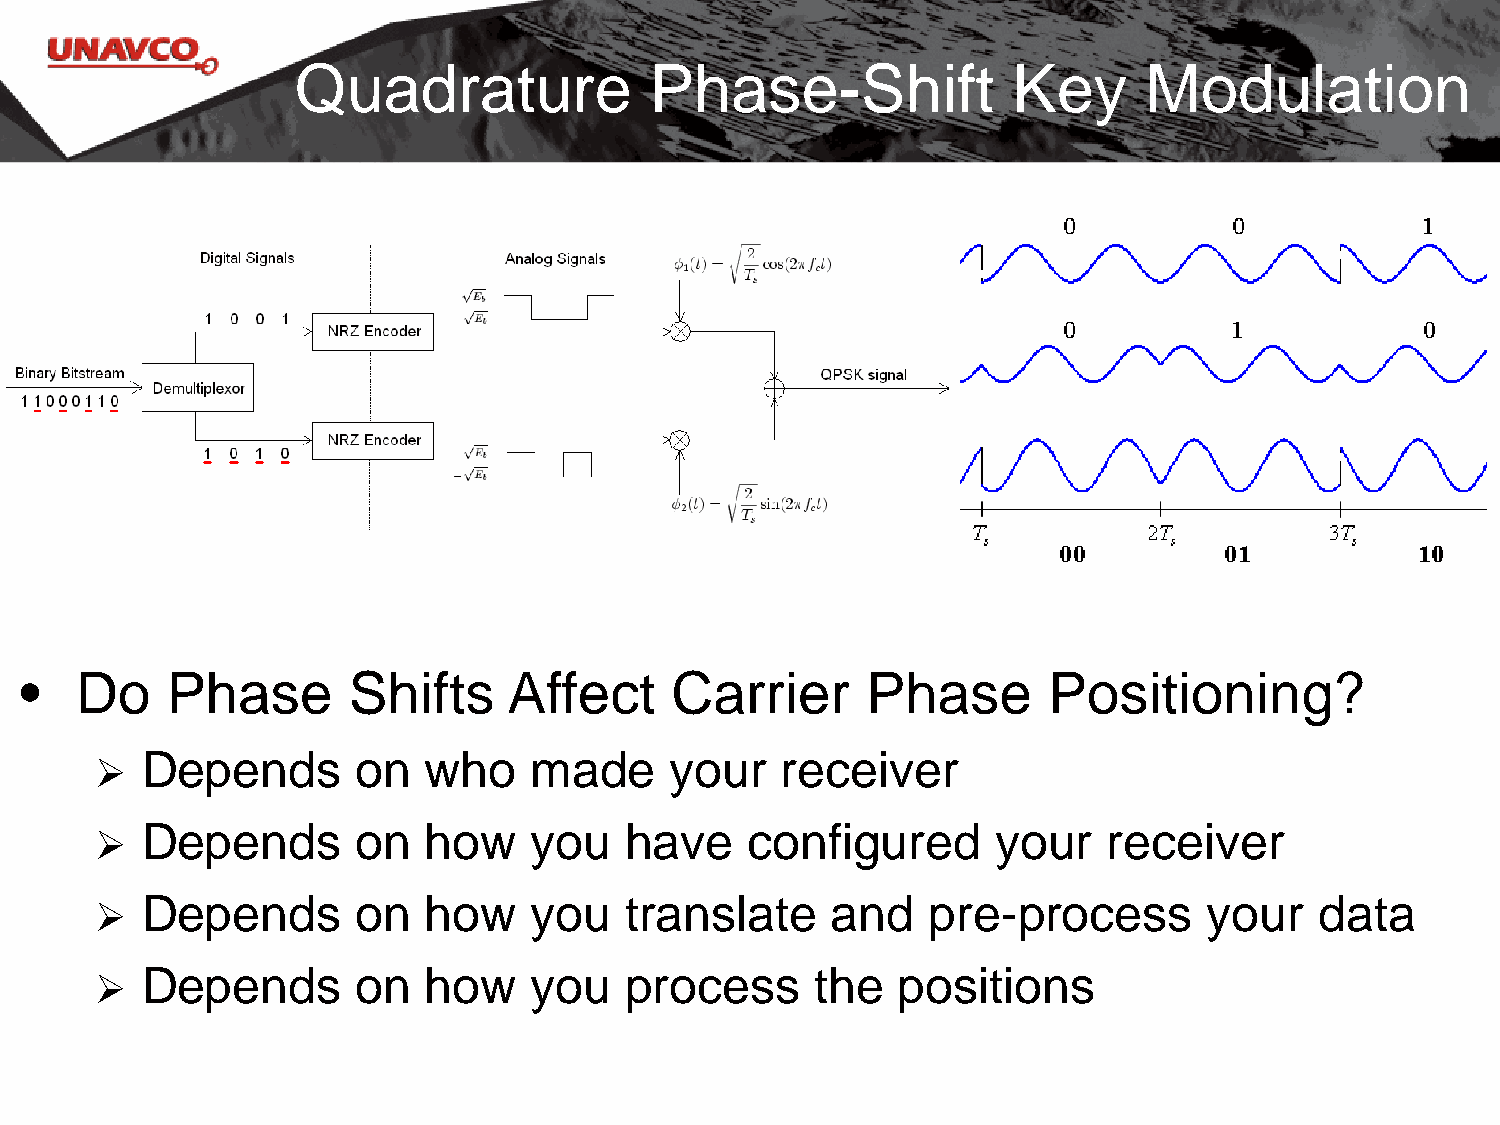
Quadrature             Phase-Shift             Key      Modulation
 •   Do    Phase       Shifts     Affect    Carrier      Phase       Positioning?
   Depends        on  who    made     your    receiver
   Depends        on  how    you   have     configured      your   receiver
   Depends        on  how    you   translate     and    pre-process       your   data
   Depends        on  how    you   process      the  positions